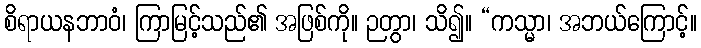
စိရာယနဘာဝံ၊ ကြာမြင့်သည်၏ အဖြစ်ကို။ ဉတွာ၊ သိ၍။ “ကသ္မာ၊ အဘယ်ကြောင့်။